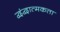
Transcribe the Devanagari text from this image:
द्वंद्वात्मकता